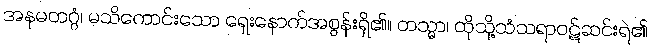
အနမတဂ္ဂံ၊ မသိကောင်းသော ရှေးနောက်အစွန်းရှိ၏။ တသ္မာ၊ ထိုသို့သံသရာဝဋ်ဆင်းရဲ၏